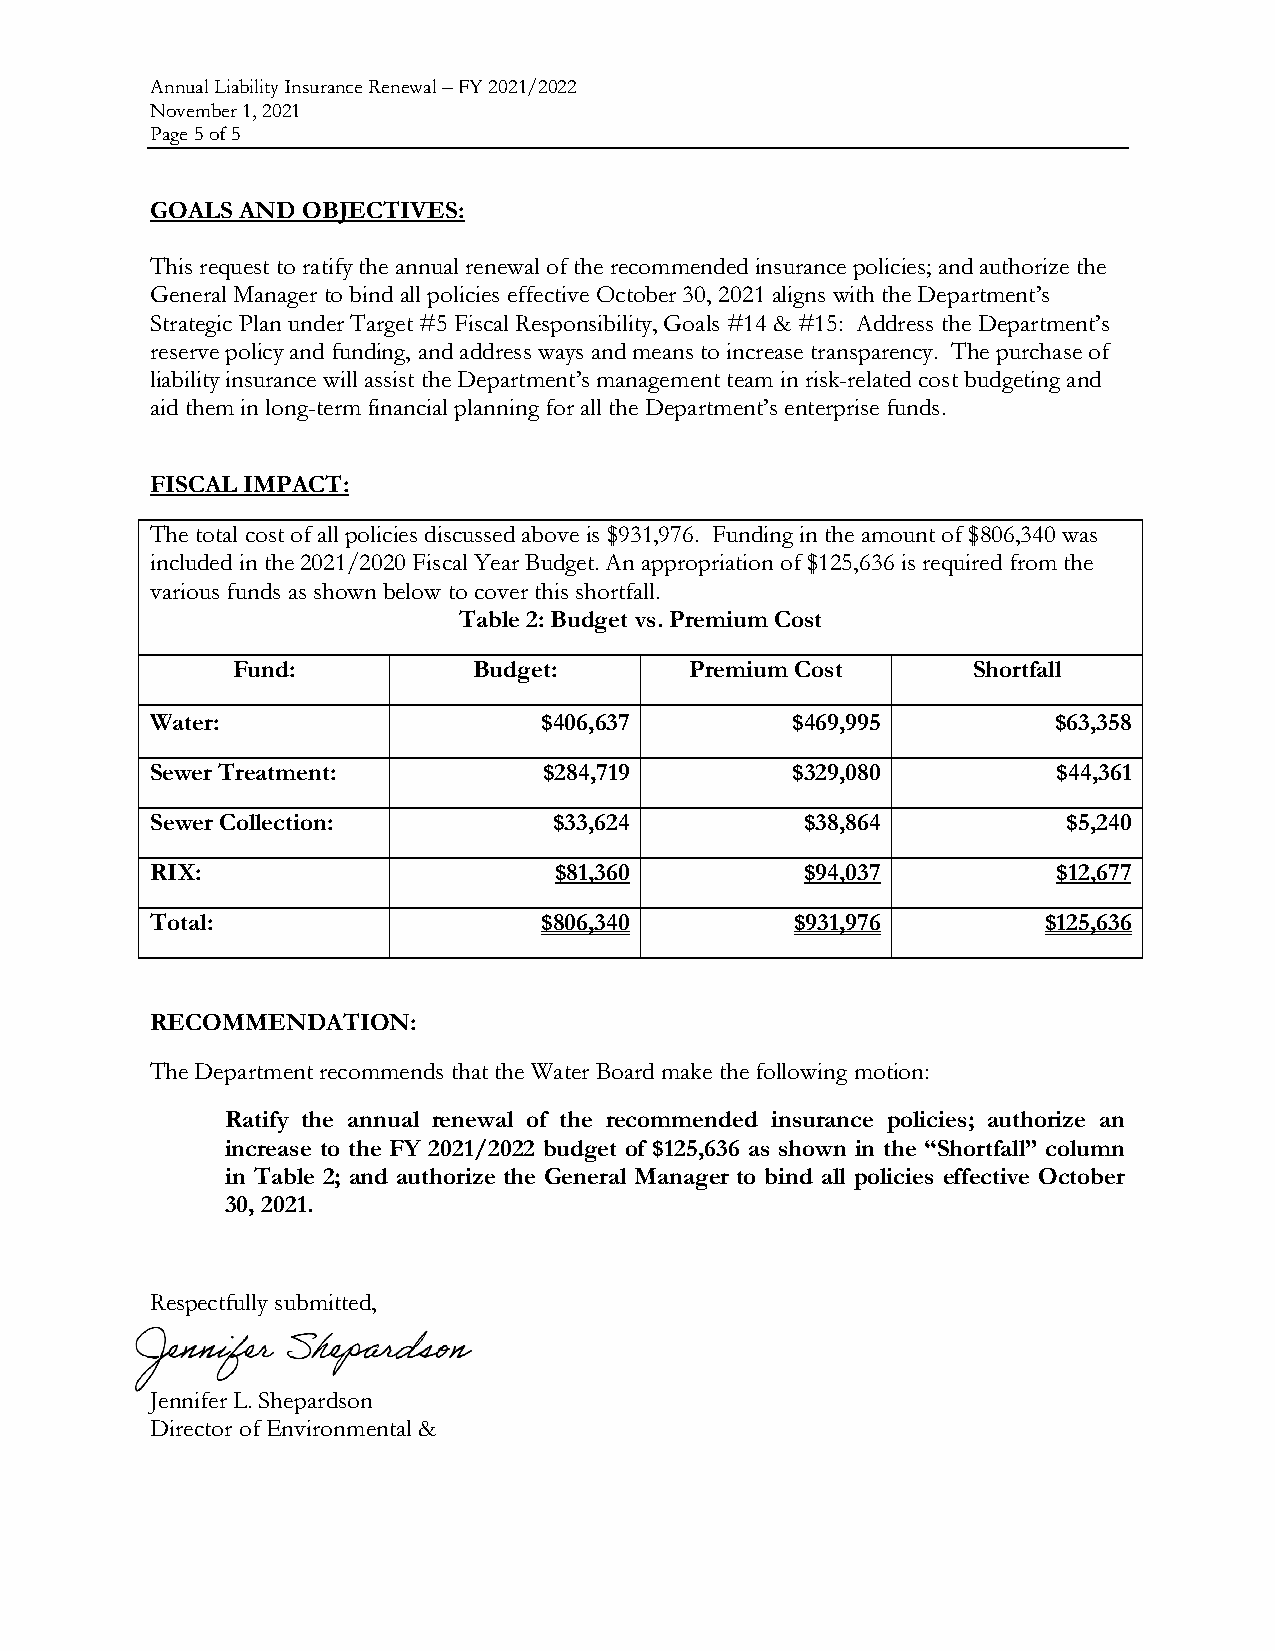
Annual Liability Insurance Renewal – FY 2021/2022
 November 1, 2021
 Page 5 of 5
 GOALS AND OBJECTIVES:
 This request to ratify the annual renewal of the recommended insurance policies; and authorize the
 General Manager to bind all policies effective October 30, 2021 aligns with the Department’s
 Strategic Plan under Target #5 Fiscal Responsibility, Goals #14 & #15: Address the Department’s
 reserve policy and funding, and address ways and means to increase transparency. The purchase of
 liability insurance will assist the Department’s management team in risk-related cost budgeting and
 aid them in long-term financial planning for all the Department’s enterprise funds.
 FISCAL IMPACT:
 The total cost of all policies discussed above is $931,976. Funding in the amount of $806,340 was
 included in the 2021/2020 Fiscal Year Budget. An appropriation of $125,636 is required from the
 various funds as shown below to cover this shortfall.
 Table 2: Budget vs. Premium Cost
 Fund:           Budget:        Premium Cost      Shortfall
 Water:                    $406,637        $469,995          $63,358
 Sewer Treatment:          $284,719        $329,080          $44,361
 Sewer Collection:          $33,624         $38,864           $5,240
 RIX:                       $81,360         $94,037          $12,677
 Total:                    $806,340         $931,976        $125,636
 RECOMMENDATION:
 The Department recommends that the Water Board make the following motion:
 Ratify the annual renewal of the recommended insurance policies; authorize an
 increase to the FY 2021/2022 budget of $125,636 as shown in the “Shortfall” column
 in Table 2; and authorize the General Manager to bind all policies effective October
 30, 2021.
 Respectfully submitted,
 Jennifer L. Shepardson
 Director of Environmental &